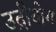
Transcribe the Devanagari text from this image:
उद्रीयोग